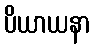
ပိယာယနာ